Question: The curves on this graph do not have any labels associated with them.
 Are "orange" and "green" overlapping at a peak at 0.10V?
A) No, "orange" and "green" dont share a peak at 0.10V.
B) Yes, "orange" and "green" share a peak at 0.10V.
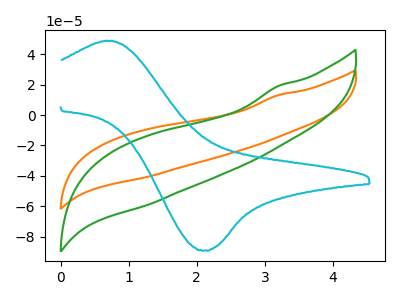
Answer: <think>The orange curve "orange" has no peaks. The green curve "green" has no peaks. The cyan curve "cyan" has an anodic peak at (0.70V, 48.60uA) and a cathodic peak at (2.10V, -89.00uA).</think>
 <answer>A) No, "orange" and "green" dont share a peak at 0.10V.</answer>
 <eval>A</eval>